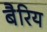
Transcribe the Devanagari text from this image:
बैरिय